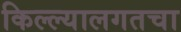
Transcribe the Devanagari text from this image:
किल्ल्यालगतचा